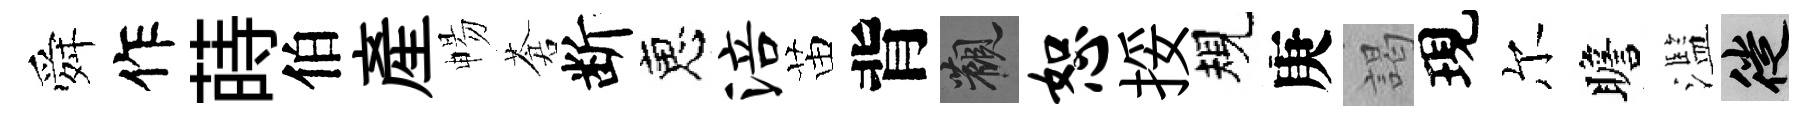
舜作蒔伯産暢蒼断恵涪苗背觀恕挼規庚謁現尔瞻濫徙